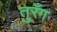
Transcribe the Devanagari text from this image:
तुरँग